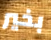
بخير